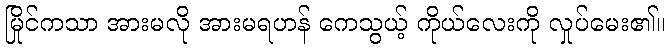
မြိုင်ကသာ အားမလို အားမရဟန် ကေသွယ့် ကိုယ်လေးကို လှုပ်မေး၏။